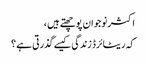
اکثر نوجوان پوچھتے ہیں ،
کہ ریٹائرڈ زندگی کیسے گذرتی ہے ؟